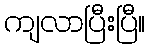
ကျလာပြီးပြီ။